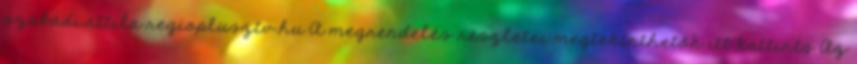
szabadi.attila regioplusztv.hu A megrendelés részletei megtekinthetők itt kattints Az